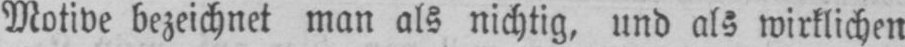
Motive bezeichnet man als nichtig, und als wirklichen